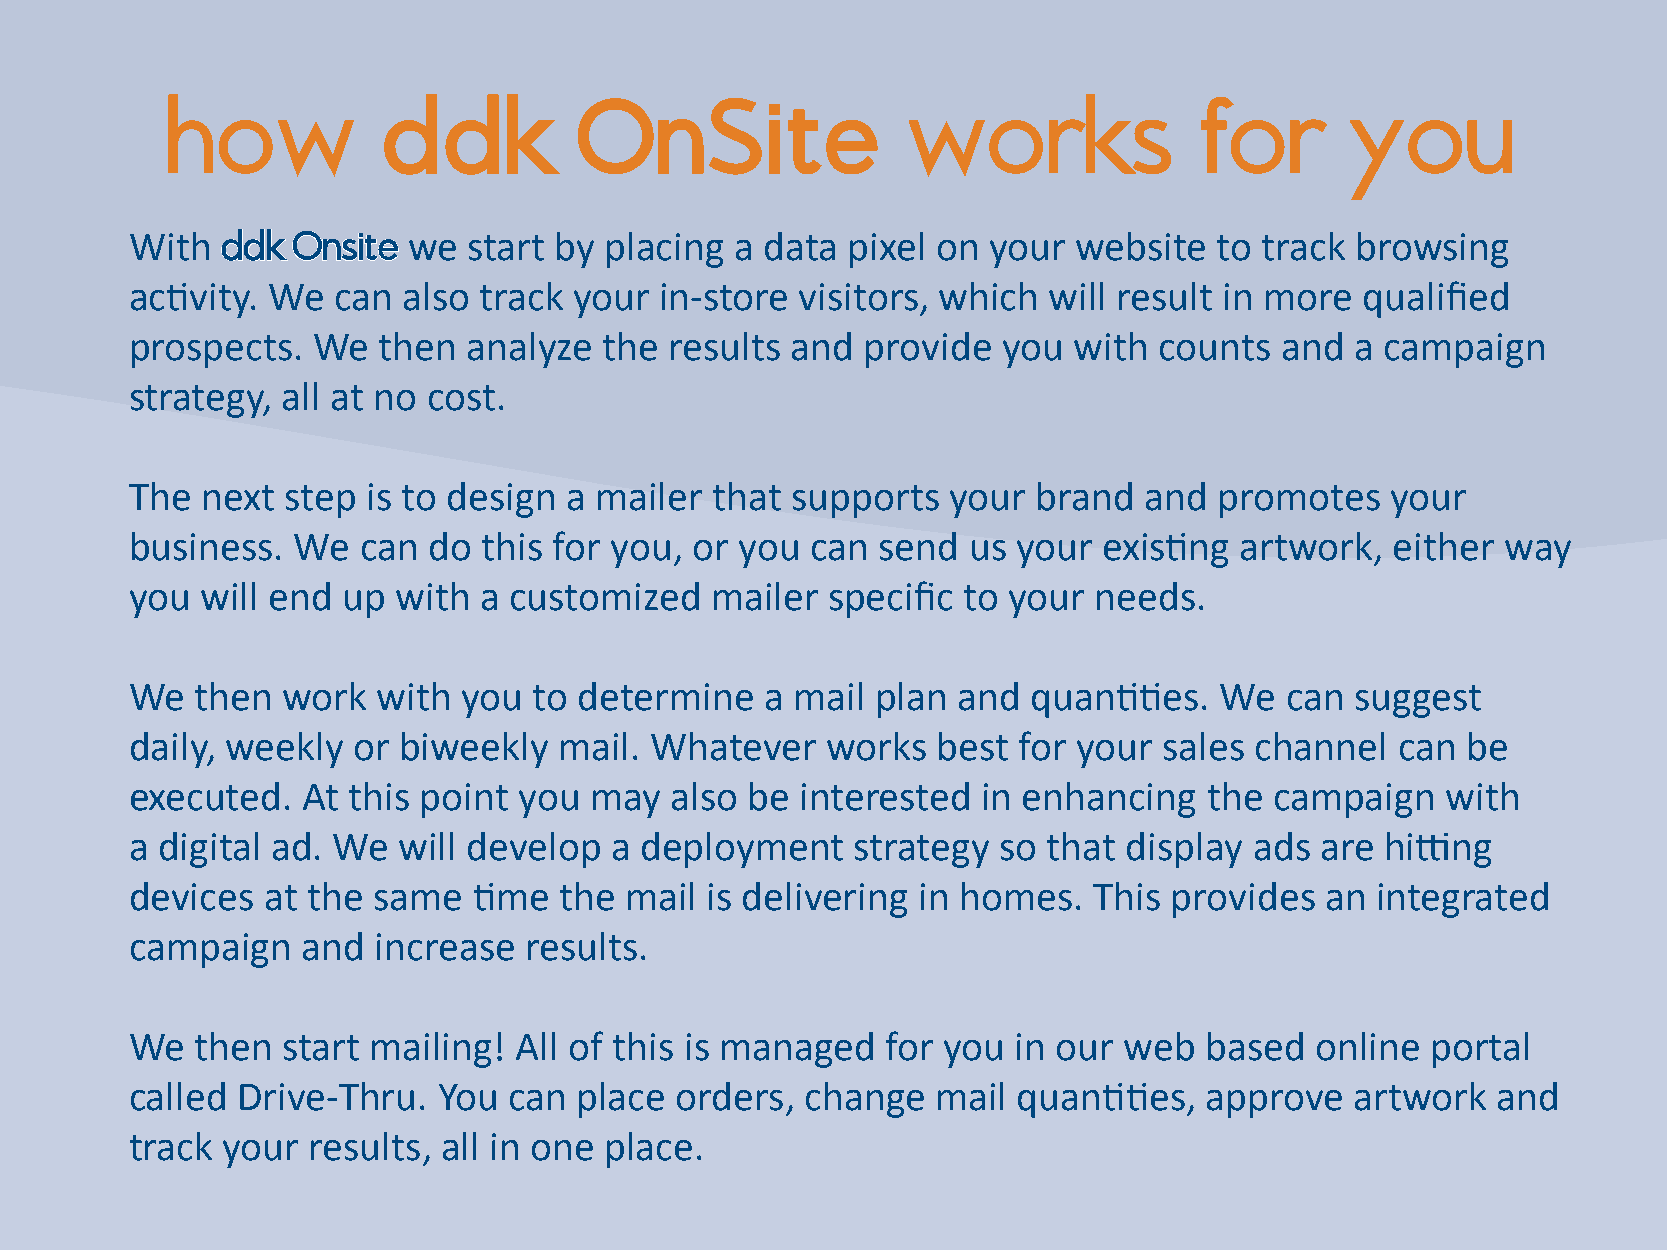
how           ddddkk       OOnnSSiittee          works              for       you
 With  ddddkk OOnnssiittee we start by placing a data pixel on your website to track browsing
 activity. We can  also track your  in-store visitors, which will result in more  qualified
 prospects.  We  then  analyze  the results and  provide  you  with  counts  and  a campaign
 strategy, all at no cost.
 The next  step is to design a mailer  that supports   your  brand  and  promotes   your
 business. We   can do  this for you, or you  can send  us your  existing artwork,  either  way
 you will end  up with  a customized   mailer  specific to your needs.
 We  then  work  with  you to determine    a mail plan and  quantities.  We  can  suggest
 daily, weekly or biweekly   mail. Whatever    works  best for your  sales channel   can be
 executed.  At this point you  may  also  be interested  in enhancing   the campaign    with
 a digital ad. We will develop  a deployment     strategy so that  display ads are  hitting
 devices at the  same  time  the mail  is delivering in homes.  This  provides  an integrated
 campaign   and  increase  results.
 We  then  start mailing! All of this is managed   for you in our web   based  online  portal
 called Drive-Thru.  You  can place  orders, change   mail quantities,  approve   artwork  and
 track your results, all in one place.